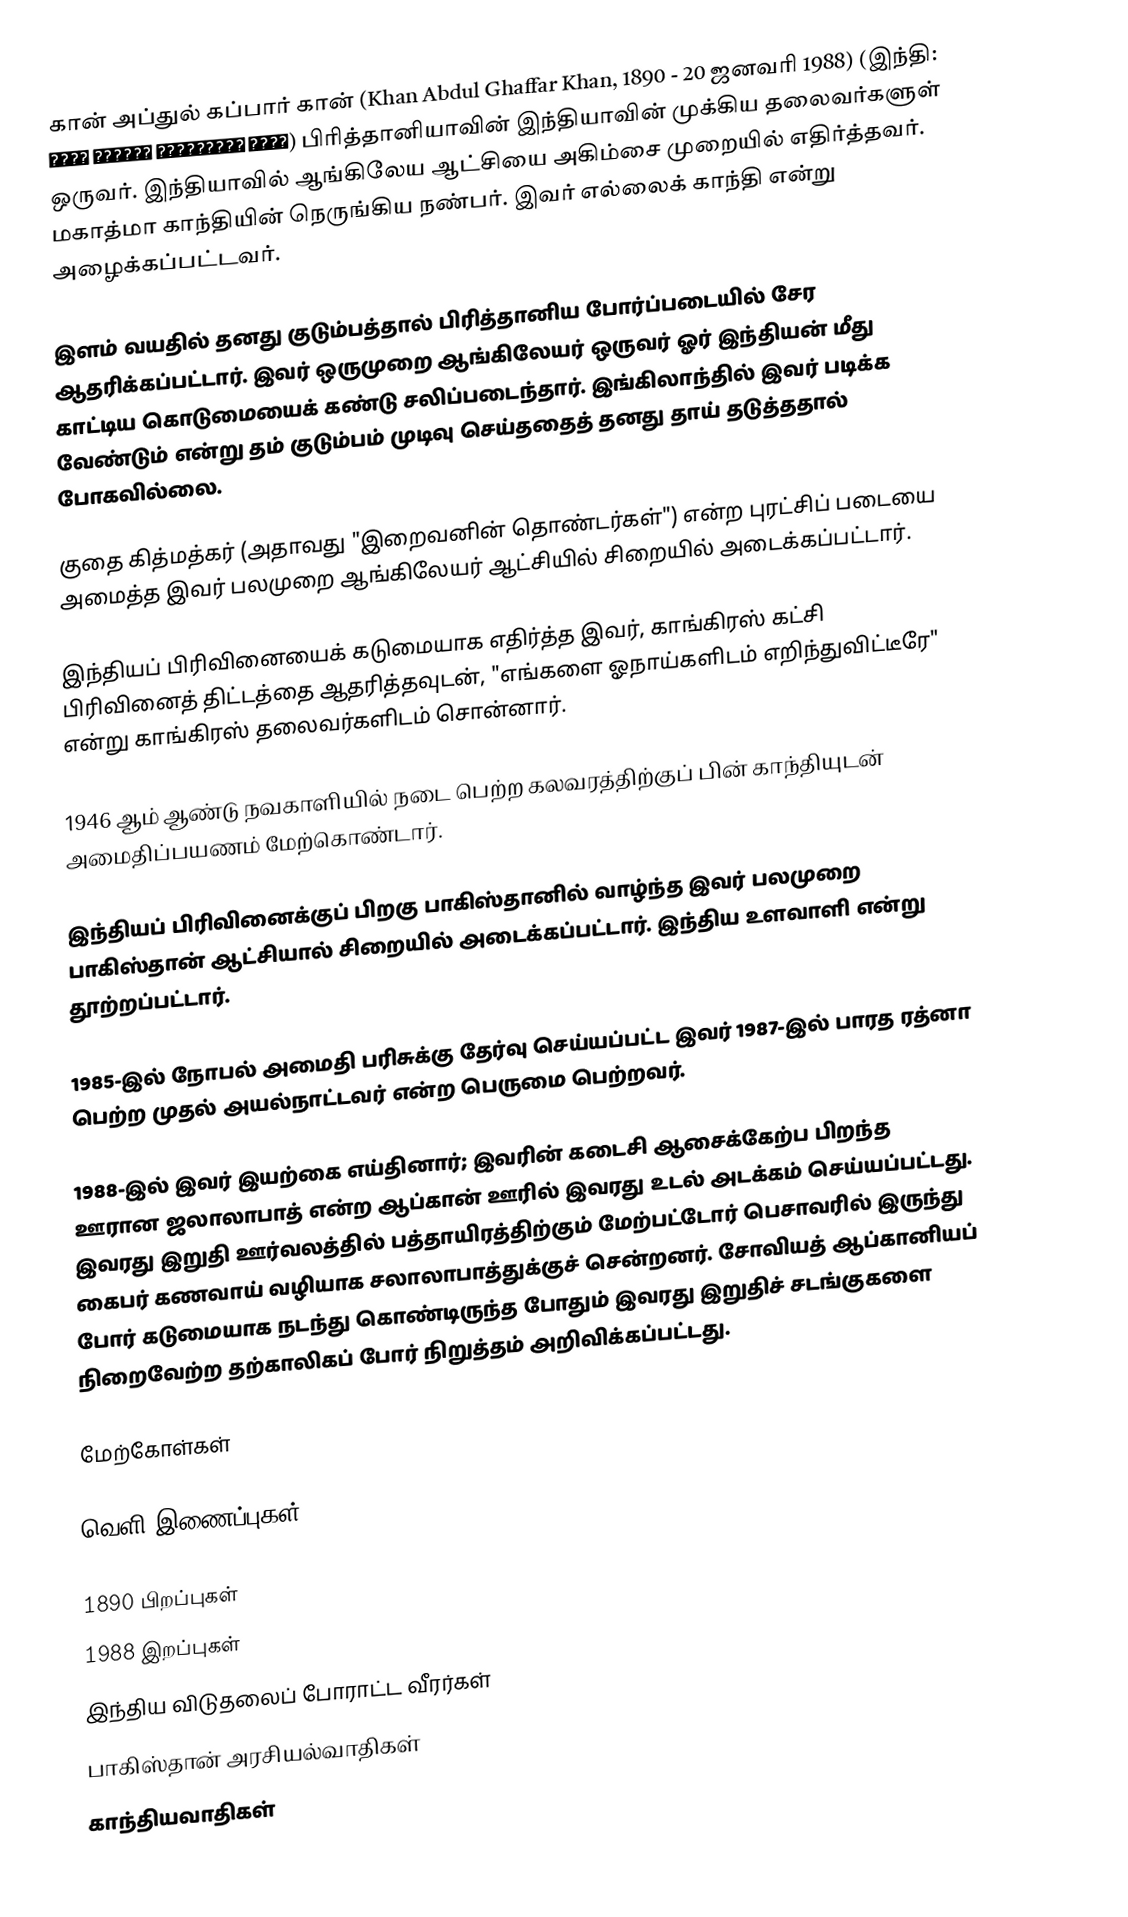
கான் அப்துல் கப்பார் கான் (Khan Abdul Ghaffar Khan, 1890 - 20 ஜனவரி 1988) (இந்தி: ख़ान अब्दुल ग़फ़्फ़ार ख़ान) பிரித்தானியாவின் இந்தியாவின் முக்கிய தலைவர்களுள் ஒருவர். இந்தியாவில் ஆங்கிலேய ஆட்சியை அகிம்சை முறையில் எதிர்த்தவர். மகாத்மா காந்தியின் நெருங்கிய நண்பர். இவர் எல்லைக் காந்தி என்று அழைக்கப்பட்டவர்.

இளம் வயதில் தனது குடும்பத்தால் பிரித்தானிய போர்ப்படையில் சேர ஆதரிக்கப்பட்டார். இவர் ஒருமுறை ஆங்கிலேயர் ஒருவர் ஓர் இந்தியன் மீது காட்டிய கொடுமையைக் கண்டு சலிப்படைந்தார். இங்கிலாந்தில் இவர் படிக்க வேண்டும் என்று தம் குடும்பம் முடிவு செய்ததைத் தனது தாய் தடுத்ததால் போகவில்லை.

குதை கித்மத்கர் (அதாவது "இறைவனின் தொண்டர்கள்") என்ற புரட்சிப் படையை அமைத்த இவர் பலமுறை ஆங்கிலேயர் ஆட்சியில் சிறையில் அடைக்கப்பட்டார்.

இந்தியப் பிரிவினையைக் கடுமையாக எதிர்த்த இவர், காங்கிரஸ் கட்சி பிரிவினைத் திட்டத்தை ஆதரித்தவுடன், "எங்களை ஓநாய்களிடம் எறிந்துவிட்டீரே" என்று காங்கிரஸ் தலைவர்களிடம் சொன்னார்.

1946 ஆம் ஆண்டு நவகாளியில் நடை பெற்ற கலவரத்திற்குப் பின் காந்தியுடன் அமைதிப்பயணம் மேற்கொண்டார்.

இந்தியப் பிரிவினைக்குப் பிறகு பாகிஸ்தானில் வாழ்ந்த இவர் பலமுறை பாகிஸ்தான் ஆட்சியால் சிறையில் அடைக்கப்பட்டார். இந்திய உளவாளி என்று தூற்றப்பட்டார்.

1985-இல் நோபல் அமைதி பரிசுக்கு தேர்வு செய்யப்பட்ட இவர் 1987-இல் பாரத ரத்னா பெற்ற முதல் அயல்நாட்டவர் என்ற பெருமை பெற்றவர்.

1988-இல் இவர் இயற்கை எய்தினார்; இவரின் கடைசி ஆசைக்கேற்ப பிறந்த ஊரான ஜலாலாபாத் என்ற ஆப்கான் ஊரில் இவரது உடல் அடக்கம் செய்யப்பட்டது. இவரது இறுதி ஊர்வலத்தில் பத்தாயிரத்திற்கும் மேற்பட்டோர் பெசாவரில் இருந்து கைபர் கணவாய் வழியாக சலாலாபாத்துக்குச் சென்றனர். சோவியத் ஆப்கானியப் போர் கடுமையாக நடந்து கொண்டிருந்த போதும் இவரது இறுதிச் சடங்குகளை நிறைவேற்ற தற்காலிகப் போர் நிறுத்தம் அறிவிக்கப்பட்டது.

மேற்கோள்கள்

வெளி இணைப்புகள்

1890 பிறப்புகள்
1988 இறப்புகள்
இந்திய விடுதலைப் போராட்ட வீரர்கள்
பாகிஸ்தான் அரசியல்வாதிகள்
காந்தியவாதிகள்